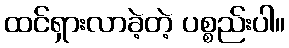
ထင်ရှားလာခဲ့တဲ့ ပစ္စည်းပါ။